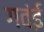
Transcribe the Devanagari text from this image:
गवंई